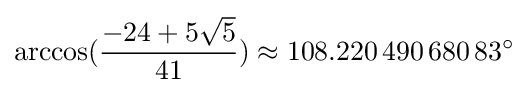
\arccos({\frac {-24+5{\sqrt {5}}}{41}})\approx 108.220\,490\,680\,83^{\circ }